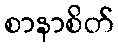
စာနာစိတ်